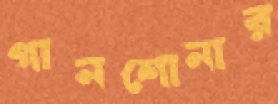
গানশোনার